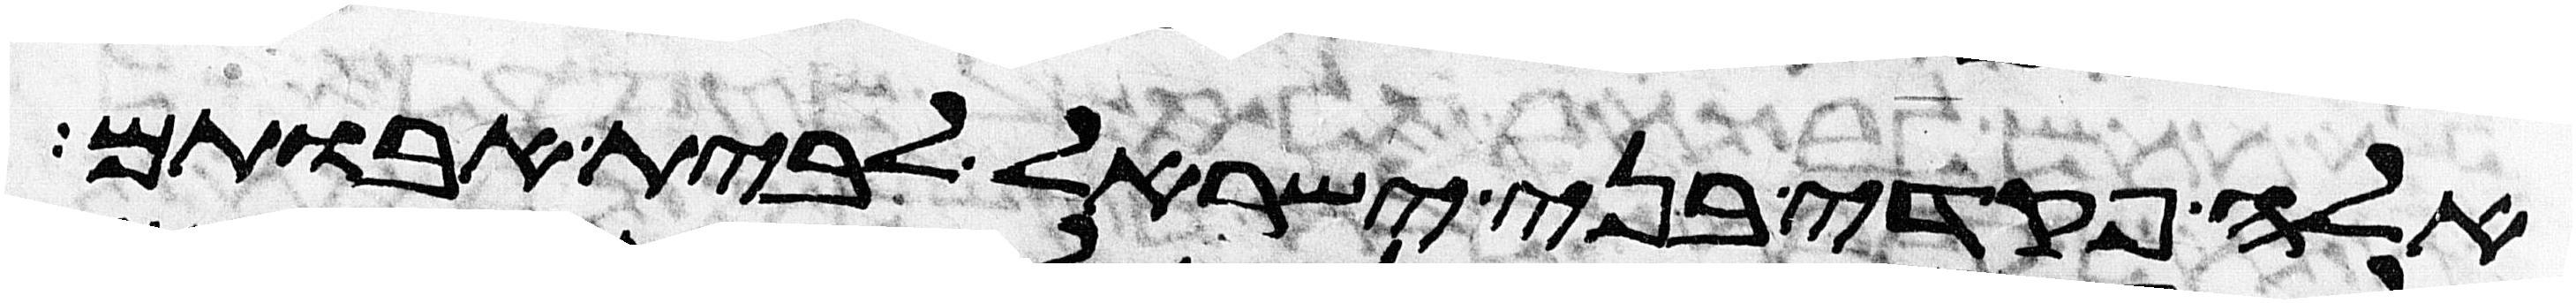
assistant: אלה פקדי בני ישראל לבית אבותם